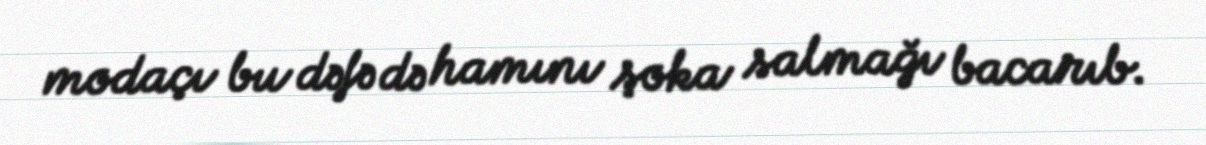
modaçı bu dəfə də hamını şoka salmağı bacarıb.